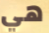
هي